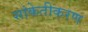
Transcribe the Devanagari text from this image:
सांकेतीकरण